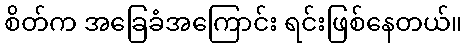
စိတ်က အခြေခံအကြောင်း ရင်းဖြစ်နေတယ်။